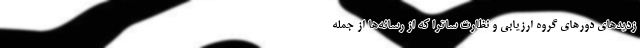
زدید‌های دور‌های گروه ارزیابی و نظارت ساترا که از رسانه‌ها از جمله